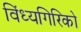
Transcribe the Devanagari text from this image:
विंध्यगिरिको